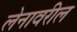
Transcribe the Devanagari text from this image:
लेनावरील